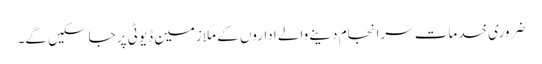
ضروری خدمات سرانجام دینے والے اداروں کے ملازمین ڈیوٹی پر جاسکیں گے۔